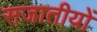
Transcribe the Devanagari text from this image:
सजातीयों